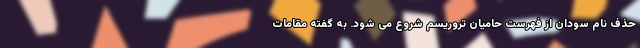
حذف نام سودان از فهرست حامیان تروریسم شروع می شود. به گفته مقامات